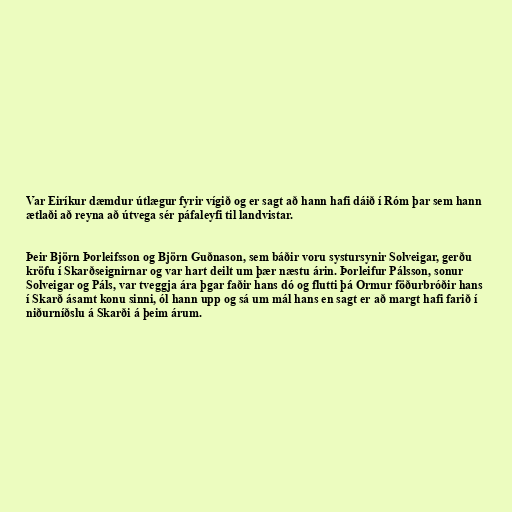
Var Eiríkur dæmdur útlægur fyrir vígið og er sagt að hann hafi dáið í Róm þar sem hann
ætlaði að reyna að útvega sér páfaleyfi til landvistar.

Þeir Björn Þorleifsson og Björn Guðnason, sem báðir voru systursynir Solveigar, gerðu
kröfu í Skarðseignirnar og var hart deilt um þær næstu árin. Þorleifur Pálsson, sonur
Solveigar og Páls, var tveggja ára þgar faðir hans dó og flutti þá Ormur föðurbróðir hans
í Skarð ásamt konu sinni, ól hann upp og sá um mál hans en sagt er að margt hafi farið í
niðurníðslu á Skarði á þeim árum.